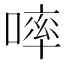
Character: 𠻜